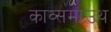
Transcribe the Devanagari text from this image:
काव्समाउथ